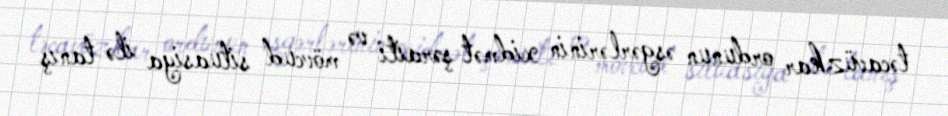
təcavüzkar ordunun əsgərlərinin xidmət şəraiti və mövcud situasiya ilə tanış